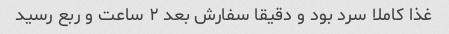
غذا کاملا سرد بود و دقیقا سفارش بعد ٢ ساعت و ربع رسید